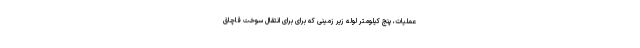
عملیات، پنج کیلومتر لوله زیر زمینی که برای برای انتقال سوخت قاچاق